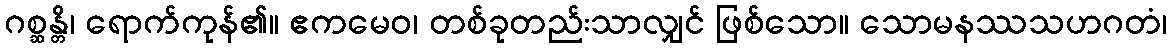
ဂစ္ဆန္တိ၊ ရောက်ကုန်၏။ ဧကမေဝ၊ တစ်ခုတည်းသာလျှင် ဖြစ်သော။ သောမနဿသဟဂတံ၊